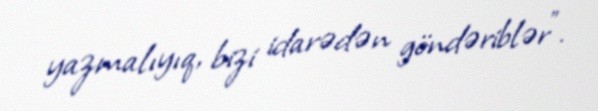
yazmalıyıq, bizi idarədən göndəriblər”.